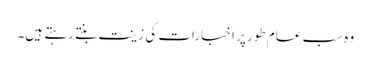
وہ سب عام طور پر اخبارات کی زینت بنتے رہتے ہیں۔